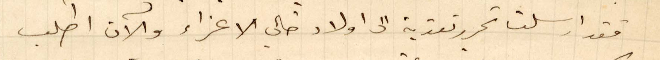
فقد أرسلت تحرير تعزية الى أولاد خالي الأعزاء والآن اطلب